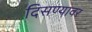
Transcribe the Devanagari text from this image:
दिसण्यावर